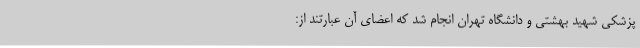
پزشکی شهید بهشتی و دانشگاه تهران انجام شد که اعضای آن عبارتند از: